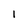
Character: l